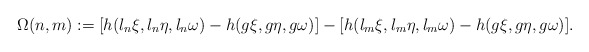
\begin{align*} \Omega(n,m):=[h(l_n \xi,l_n \eta, l_n \omega)-h(g\xi,g\eta,g\omega)]-[h(l_m \xi,l_m \eta, l_m \omega)-h(g\xi,g\eta,g\omega)].\end{align*}